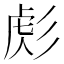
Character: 𢒜